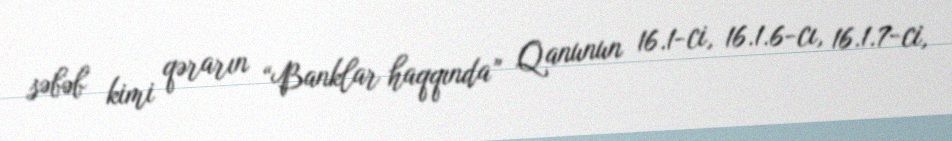
səbəb kimi qərarın “Banklar haqqında” Qanunun 16.1-ci, 16.1.6-cı, 16.1.7-ci,